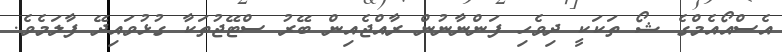
އެސްއޯއެމްގެ ޝޯ ތަކަކީ ދިވެހި ފަންނާނުން ރާއްޖެއިން ބޭރު ސްޓޭޖުތަކާ ގުޅުވައިދޭ ފާލަމެވެ.